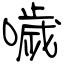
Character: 噦